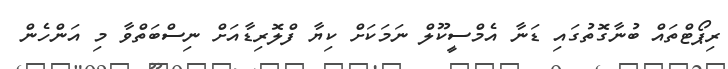
ރިޕޯޓްތައް ބުނާގޮތުގައި ޑަނާ އެމްސީކޫލް ނަމަކަށް ކިޔާ ފްލޮރިޑާއަށް ނިސްބަތްވާ މި އަންހެން